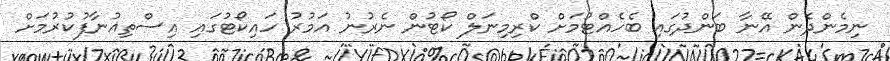
ނިމެންދެން އޭނާ ބަންދުގައި ބެހެއްޓުމަށް ކްރިމިނަލް ކޯޓުން ނެރުނު އަމުރު ހައިކޯޓުގައި އިސްތިއުނާފުކުރުމަށް